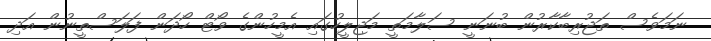
ނަމަވެސް ތަޖުރިބާކާރުން ބުނަނީ ސަލާމަތީ މަޖިލީހުގައި އެމީހުންގެ ވޯޓް ހޯދަން ފަލަސްތީނުން އަދި